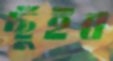
ছুঁইব